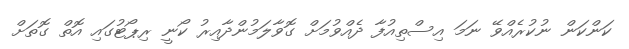
ކަންކަން ނުކުރެއްވޭ ނަމަ އިސްތިއުފާ ދެއްވުމަށް ގޮވާލަމުންދާއިރު ކޯނީ ރިޕޯޓުގައި އޮތް ގޮތަށް